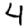
Digit: 4